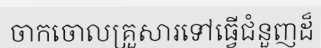
ចាកចោលគ្រួសារទៅធ្វើជំនួញដ៏